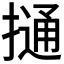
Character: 𢳟